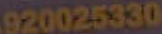
920025330